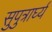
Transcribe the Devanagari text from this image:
सुपुत्रार्घ्यं